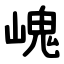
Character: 㟴